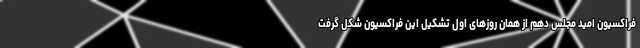
فراکسیون امید مجلس دهم از همان روزهای اول تشکیل این فراکسیون شکل گرفت